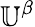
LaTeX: \mathbb{U}^{\beta}